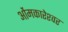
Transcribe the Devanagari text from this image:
ओंमकारेश्‍वर